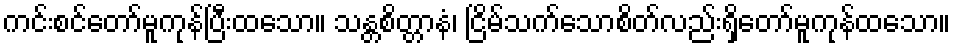
ကင်းစင်တော်မူကုန်ပြီးထသော။ သန္တစိတ္တာနံ၊ ငြိမ်သက်သောစိတ်လည်းရှိတော်မူကုန်ထသော။